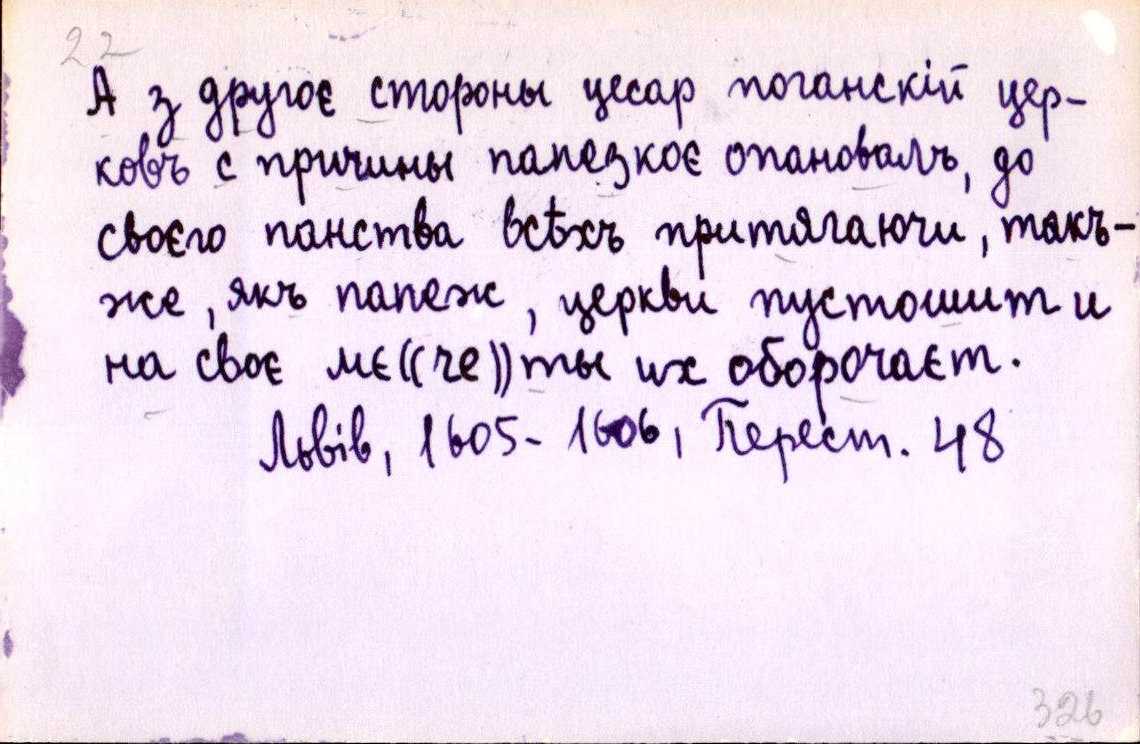
А з другоє стороны цесар поганскій цер-
ковъ с причины папезкоє опановалъ, до
своєго панства всѣхъ притягаючи, такъ-
же, якъ папеж, церкви пустошит и
на своє мє((че))ты их оборочаєт.
Львів, 1605-1606, Перест. 48